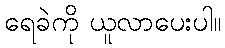
ရေခဲကို ယူလာပေးပါ။